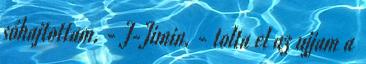
sóhajtottam. - J-Jimin. - tolta el az ujjam a